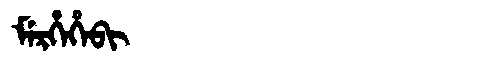
Manchu: ᠮᡝᡵᡥᡝᡥᡝᠪᡳ
Romanization: MERHEHEBI